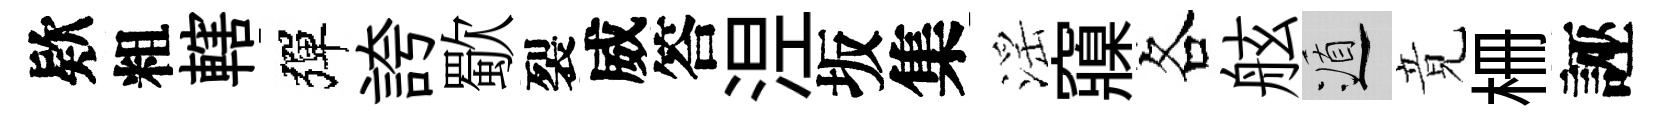
欵粗轄彈誇歜裂威答𣵀坂集滛䆿各舷遁竟栅誣